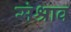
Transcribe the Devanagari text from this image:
संश्राव